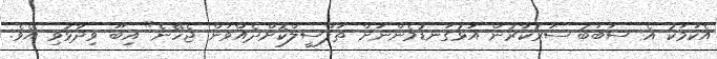
އެކަމަކު އެ ސަބަބު ސަރުކާރުން އަޅުގަނޑުމެންނަށް ތަފްސީލްކޮށްދެއްވަން ޖެހޭނެ" އިބޫ ވިދާޅުވި އެވެ.